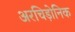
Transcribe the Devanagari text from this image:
अरचिड़ोनिक